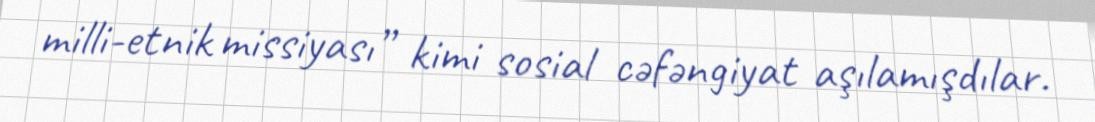
milli-etnik missiyası” kimi sosial cəfəngiyat aşılamışdılar.